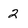
Character: 2